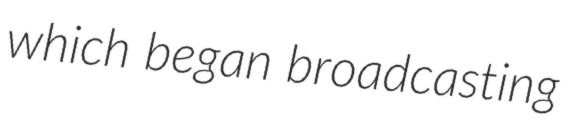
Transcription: which began broadcasting